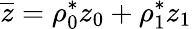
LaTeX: \overline{z}=\rho_{0}^{*}z_{0}+\rho_{1}^{*}z_{1}